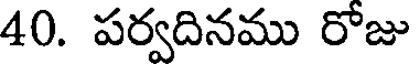
40. పర్వదినము రోజు